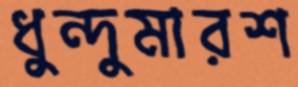
ধুন্দুমারশ